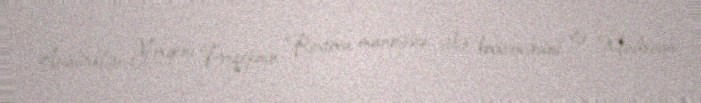
Analitiklər Yevgeni Priqojinin Rostovu maneəsiz ələ keçirməsini və Moskvaya